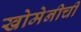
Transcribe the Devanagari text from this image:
खोमेनीची